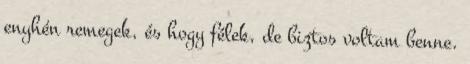
enyhén remegek, és hogy félek, de biztos voltam benne.